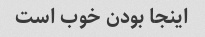
اینجا بودن خوب است